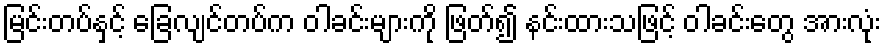
မြင်းတပ်နှင့် ခြေလျင်တပ်က ဝါခင်းများကို ဖြတ်၍ နင်းထားသဖြင့် ဝါခင်းတွေ အားလုံး